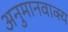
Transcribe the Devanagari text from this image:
अनुमानवाक्य